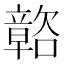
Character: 𲊩